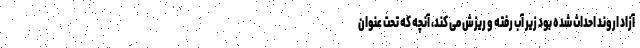
آزاد اروند احداث شده بود زیر آب رفته و ریزش می کند، آنچه که تحت عنوان